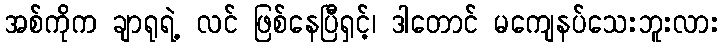
အစ်ကိုက ချာရုရဲ့ လင် ဖြစ်နေပြီရှင့်၊ ဒါတောင် မကျေနပ်သေးဘူးလား